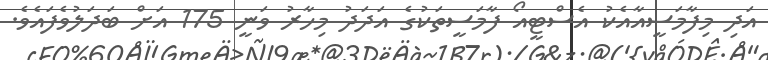
އަދި މިފާމަސީއާއެކު އެސްޓީއޯ ފާމަސީތަކުގެ އަދަދު މިހާރު ވަނީ 175 އަށް ބަދަލުވެފައެވެ.